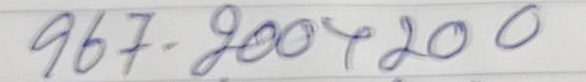
967 = 200 + 200